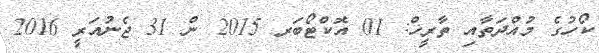
ކޯހުގެ މުއްދަތާއި ތާރީޚް: 01 އޮކްޓޯބަރ 2015 ން 31 ޖެނުއަރީ 2016